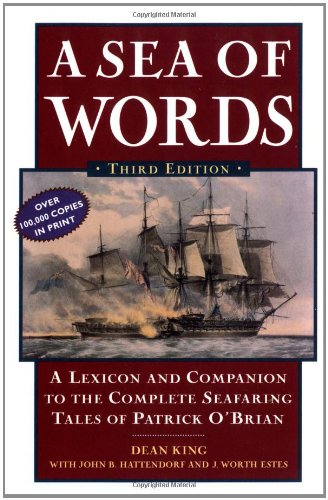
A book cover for A Sea of Words, Third Edition: A Lexicon and Companion to the Complete Seafaring Tales of Patrick O'Brian; Dean King; Literature & Fiction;